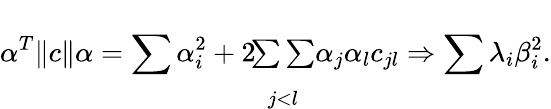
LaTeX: \alpha^{T}\| c\| \alpha=\sum\alpha_{i}^{2}+2\! \begin{array}{c}{{{}}}\\ {{{\sum\sum}}}\\ {{{}_{j<l}}}\end{array}\alpha_{j}\alpha_{l}c_{jl}\Rightarrow\sum\lambda_{i}\beta_{i}^{2}.